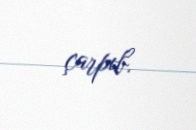
çarpıb.